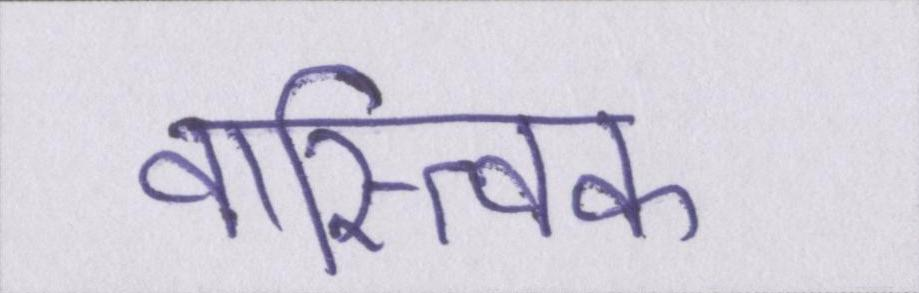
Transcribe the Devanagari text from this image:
वास्त्विक